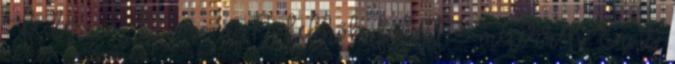
Federico Moccia A felhők fölött 3 méterrel Én is